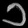
Digit: ၁